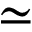
\simeq